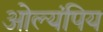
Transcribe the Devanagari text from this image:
ओल्यंपिय